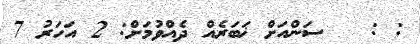
: :   ސަންއަށް ޚަބަރެއް ދެއްވުމަށް: 2 އަހަރު 7